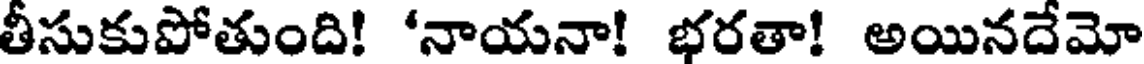
తీసుకుపోతుంది! 'నాయనా! భరతా! అయినదేమో